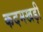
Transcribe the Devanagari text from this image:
कदमखड़ी